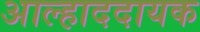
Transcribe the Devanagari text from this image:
अाल्हाददायक